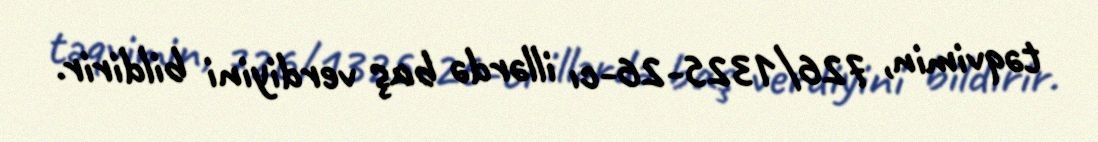
təqvimin, 726/1325-26-cı illərdə baş verdiyini bildirir.